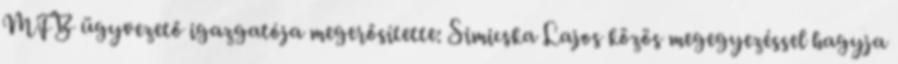
MFB ügyvezető igazgatója megerősítette: Simicska Lajos közös megegyezéssel hagyja